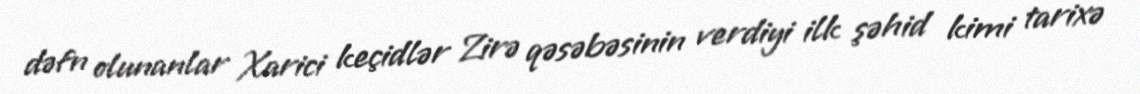
dəfn olunanlar Xarici keçidlər Zirə qəsəbəsinin verdiyi ilk şəhid kimi tarixə